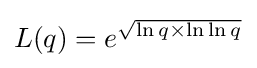
L(q)=e^{\sqrt {\ln q\times \ln \ln q}}